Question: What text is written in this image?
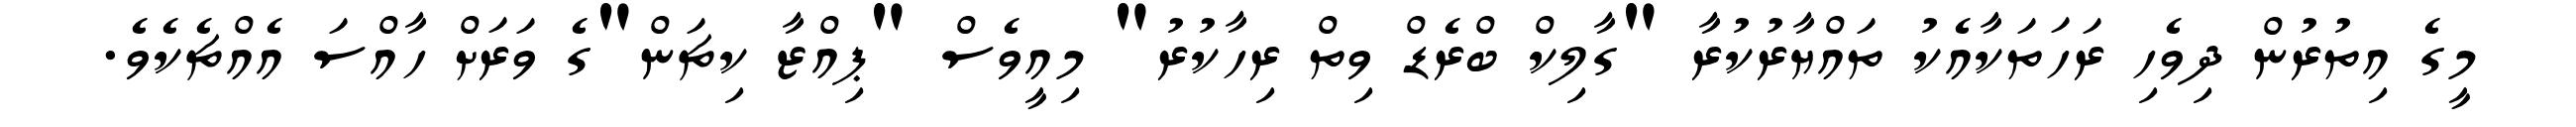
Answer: މީގެ އިތުރުން ދިވެހި ރަހަތަކާއެކު ތައްޔާރުކުރާ "ގާލިކް ބްރެޑް ވިތް ރިހާކުރު" މިއީވެސް "ޕިއްޒާ ކިޗަން"ގެ ވަރަށް ހާއްސަ އެއްޗެކެވެ.